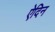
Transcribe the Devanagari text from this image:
ऐदिन